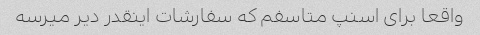
واقعا برای اسنپ متاسفم که سفارشات اینقدر دیر میرسه